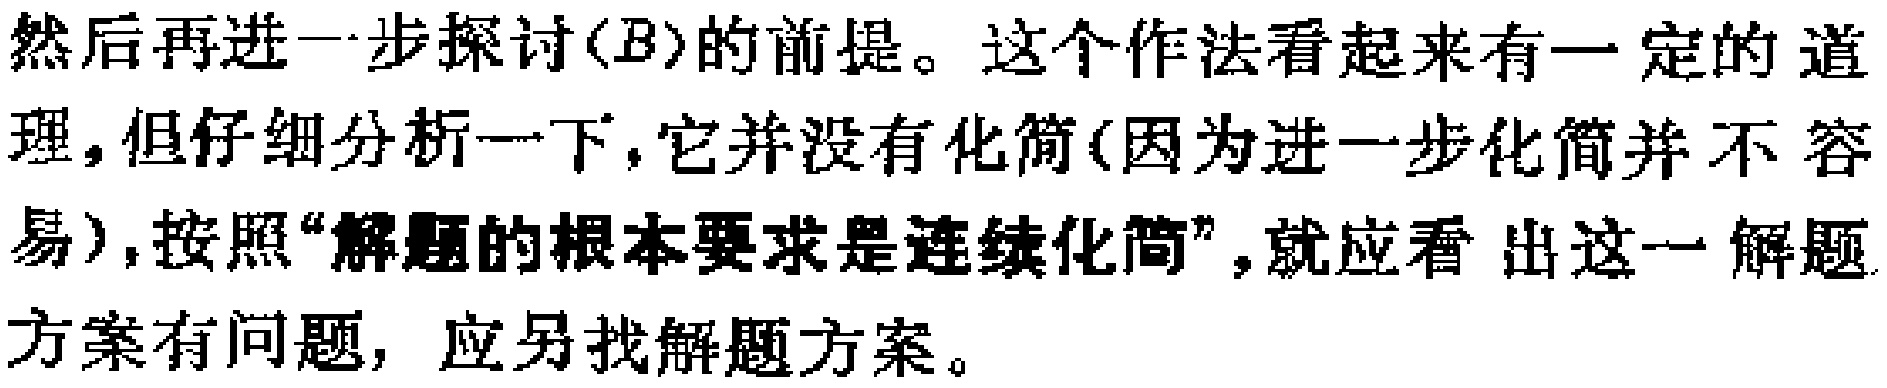
然后再进一步探讨(B)的前提。这个作法看起来有一定的道理,但仔细分析一下,它并没有化简(因为进一步化简并不容易),按照“解题的根本要求是连续化简”,就应看出这一解题方案有问题, 应另找解题方案。